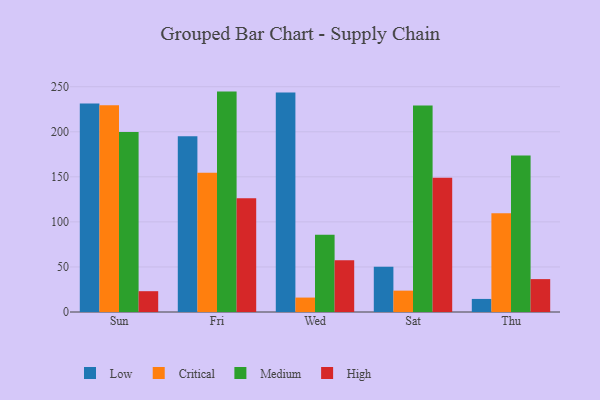
{"axis": {"x": "Day", "y": "Latency (ms)"}, "legend": ["Critical", "High", "Low", "Medium"], "data": [{"x": "Sun", "y": 231.5, "type": "Low"}, {"x": "Sun", "y": 229.4, "type": "Critical"}, {"x": "Sun", "y": 199.7, "type": "Medium"}, {"x": "Sun", "y": 23.1, "type": "High"}, {"x": "Fri", "y": 195.1, "type": "Low"}, {"x": "Fri", "y": 154.6, "type": "Critical"}, {"x": "Fri", "y": 244.6, "type": "Medium"}, {"x": "Fri", "y": 126.3, "type": "High"}, {"x": "Wed", "y": 243.7, "type": "Low"}, {"x": "Wed", "y": 16.0, "type": "Critical"}, {"x": "Wed", "y": 85.8, "type": "Medium"}, {"x": "Wed", "y": 57.4, "type": "High"}, {"x": "Sat", "y": 50.3, "type": "Low"}, {"x": "Sat", "y": 23.7, "type": "Critical"}, {"x": "Sat", "y": 229.2, "type": "Medium"}, {"x": "Sat", "y": 149.1, "type": "High"}, {"x": "Thu", "y": 14.5, "type": "Low"}, {"x": "Thu", "y": 109.5, "type": "Critical"}, {"x": "Thu", "y": 173.6, "type": "Medium"}, {"x": "Thu", "y": 36.5, "type": "High"}]}